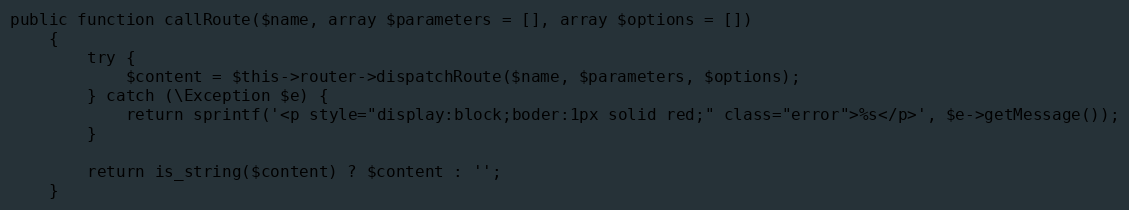
Language: PHP
public function callRoute($name, array $parameters = [], array $options = [])
    {
        try {
            $content = $this->router->dispatchRoute($name, $parameters, $options);
        } catch (\Exception $e) {
            return sprintf('<p style="display:block;boder:1px solid red;" class="error">%s</p>', $e->getMessage());
        }

        return is_string($content) ? $content : '';
    }